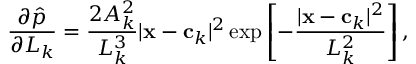
\frac { \partial \hat { p } } { \partial L _ { k } } = \frac { 2 A _ { k } ^ { 2 } } { L _ { k } ^ { 3 } } | \mathbf x - \mathbf c _ { k } | ^ { 2 } \exp \left[ - \frac { | \mathbf x - \mathbf c _ { k } | ^ { 2 } } { L _ { k } ^ { 2 } } \right] ,